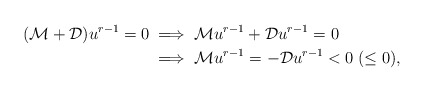
\begin{align*} (\mathcal{M} +\mathcal{D})u^{r-1}=0 & \implies \mathcal{M}u^{r-1} +\mathcal{D}u^{r-1}=0\\ & \implies \mathcal{M}u^{r-1} = -\mathcal{D}u^{r-1} <0\; (\leq 0),\end{align*}